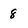
Character: 8